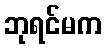
ဘုရင်မက